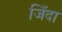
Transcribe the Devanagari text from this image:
जिँदा